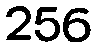
256